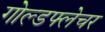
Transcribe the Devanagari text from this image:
गोल्डफ्लेचर